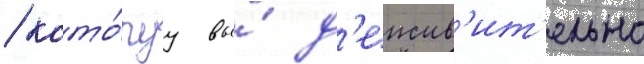
/ кото́руу вы́ д'еиств'ит'ельно